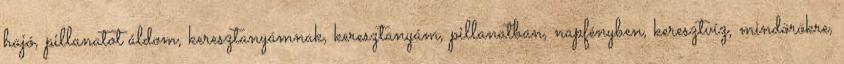
hajó, pillanatot áldom, keresztanyámnak, keresztanyám, pillanatban, napfényben, keresztvíz, mindörökre,